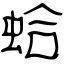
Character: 蛤